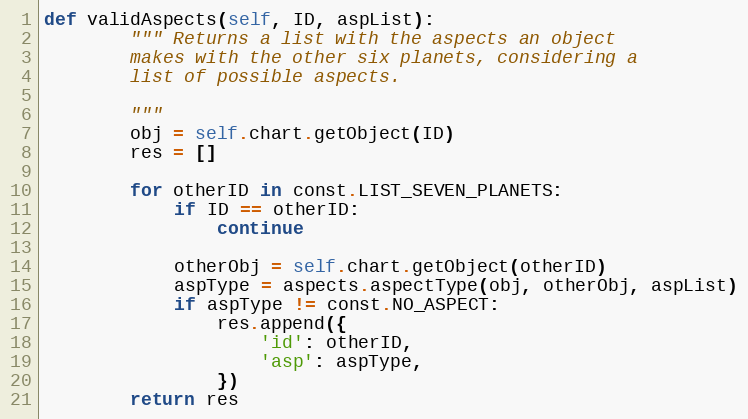
Language: Python
def validAspects(self, ID, aspList):
        """ Returns a list with the aspects an object
        makes with the other six planets, considering a
        list of possible aspects.

        """
        obj = self.chart.getObject(ID)
        res = []

        for otherID in const.LIST_SEVEN_PLANETS:
            if ID == otherID:
                continue

            otherObj = self.chart.getObject(otherID)
            aspType = aspects.aspectType(obj, otherObj, aspList)
            if aspType != const.NO_ASPECT:
                res.append({
                    'id': otherID,
                    'asp': aspType,
                })
        return res